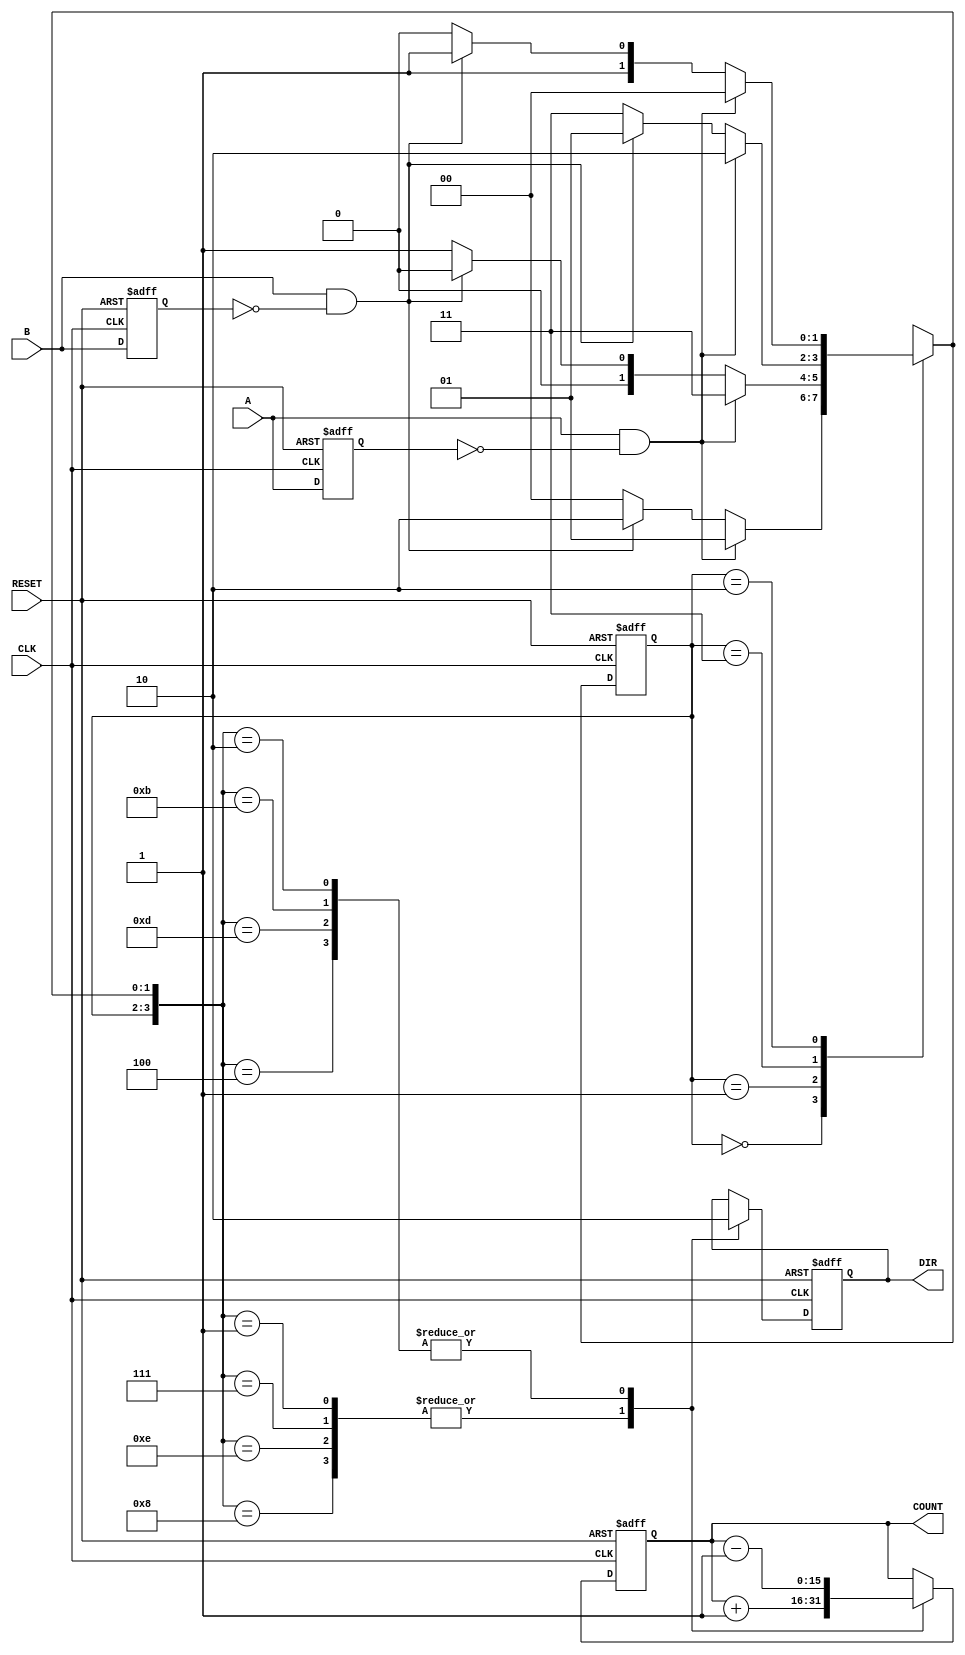
module rotary_encoder (
    input wire A,          // Quadrature output signal A
    input wire B,          // Quadrature output signal B
    input wire CLK,        // Clock signal
    input wire RESET,      // Asynchronous reset signal
    output reg [15:0] COUNT, // Current count position
    output reg DIR         // Direction of rotation (1 for clockwise, 0 for counterclockwise)
);

    // State encoding
    parameter [1:0] S0 = 2'b00; // A=0, B=0
    parameter [1:0] S1 = 2'b01; // A=1, B=0
    parameter [1:0] S2 = 2'b11; // A=1, B=1
    parameter [1:0] S3 = 2'b10; // A=0, B=1

    reg [1:0] current_state, next_state;
    reg A_prev, B_prev; // Registers to hold previous states of A and B

    // Edge detection for A and B
    wire A_edge = A & ~A_prev; // Rising edge of A
    wire B_edge = B & ~B_prev; // Rising edge of B

    // State transition based on A and B
    always @(*) begin
        case (current_state)
            S0: begin
                if (A_edge) next_state = S1;
                else if (B_edge) next_state = S3;
                else next_state = S0;
            end
            S1: begin
                if (A_edge) next_state = S2;
                else if (B_edge) next_state = S0;
                else next_state = S1;
            end
            S2: begin
                if (A_edge) next_state = S3;
                else if (B_edge) next_state = S1;
                else next_state = S2;
            end
            S3: begin
                if (A_edge) next_state = S0;
                else if (B_edge) next_state = S2;
                else next_state = S3;
            end
            default: next_state = S0;
        endcase
    end

    // Count logic and direction detection
    always @(posedge CLK or posedge RESET) begin
        if (RESET) begin
            COUNT <= 16'b0; // Reset count
            DIR <= 1'b0;    // Reset direction
            current_state <= S0; // Reset to initial state
        end else begin
            current_state <= next_state; // Update state

            // Update count based on current and next states
            case ({current_state, next_state})
                {S0, S1}, {S1, S2}, {S2, S3}, {S3, S0}: begin
                    COUNT <= COUNT + 1; // Clockwise
                    DIR <= 1'b1;        // Clockwise
                end
                {S0, S3}, {S3, S2}, {S2, S1}, {S1, S0}: begin
                    COUNT <= COUNT - 1; // Counterclockwise
                    DIR <= 1'b0;        // Counterclockwise
                end
                default: begin
                    COUNT <= COUNT;     // No change
                end
            endcase
        end
    end

    // Capture previous states of A and B
    always @(posedge CLK or posedge RESET) begin
        if (RESET) begin
            A_prev <= 1'b0;
            B_prev <= 1'b0;
        end else begin
            A_prev <= A;
            B_prev <= B;
        end
    end

endmodule